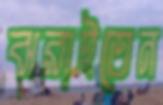
ঝরাইতেন